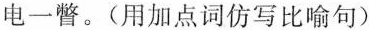
电一瞥。(用加点词仿写比喻句)